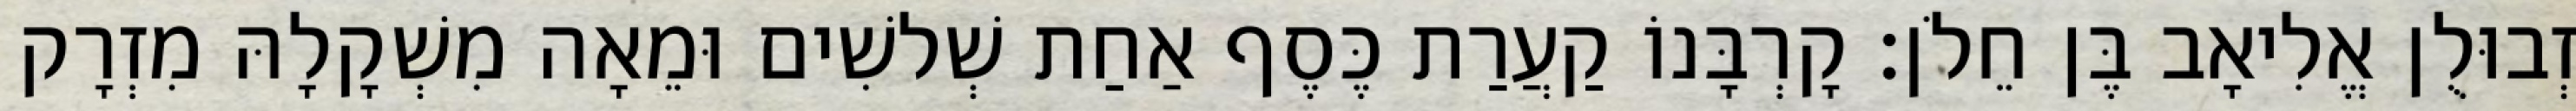
זְבוּלֻן אֱלִיאָב בֶּן חֵלֹן׃ קָרְבָּנוֹ קַעֲרַת כֶּסֶף אַחַת שְׁלשִׁים וּמֵאָה מִשְׁקָלָהּ מִזְרָק